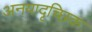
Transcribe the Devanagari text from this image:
अनयादृच्छिक